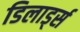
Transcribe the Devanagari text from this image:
डिलार्ड्स